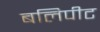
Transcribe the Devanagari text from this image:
बलिपीट